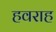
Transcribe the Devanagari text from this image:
हवराह